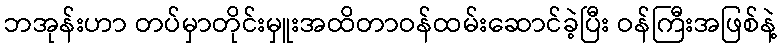
ဘအုန်းဟာ တပ်မှာတိုင်းမှူးအထိတာဝန်ထမ်းဆောင်ခဲ့ပြီး ဝန်ကြီးအဖြစ်နဲ့